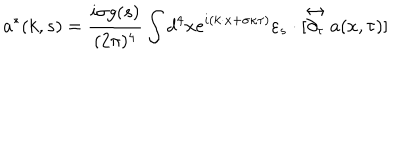
a ^ { * } ( k , s ) = \frac { i \sigma g ( s ) } { ( 2 \pi ) ^ { 4 } } \int d ^ { 4 } x e ^ { i ( k \cdot x + \sigma \kappa \tau ) } \varepsilon _ { s } \cdot [ \stackrel { \leftrightarrow } { \partial _ { \tau } } a ( x , \tau ) ]